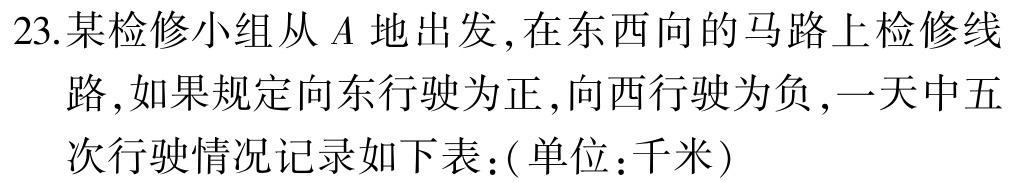
23.某检修小组从\(A\)地出发,在东西向的马路上检修线路,如果规定向东行驶为正,向西行驶为负,一天中五次行驶情况记录如下表:(单位:千米)